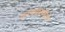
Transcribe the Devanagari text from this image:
कलाप्रदर्शनाचे